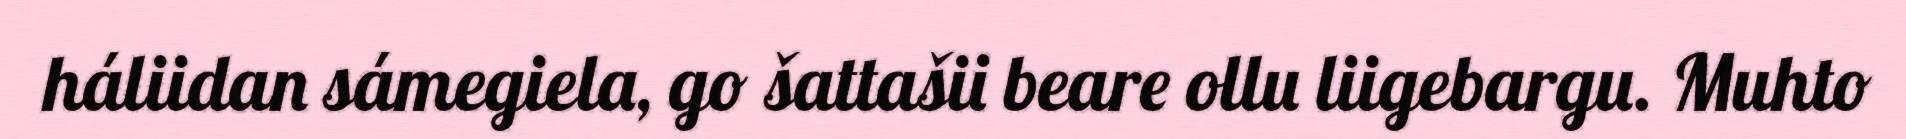
háliidan sámegiela, go šattašii beare ollu liigebargu. Muhto